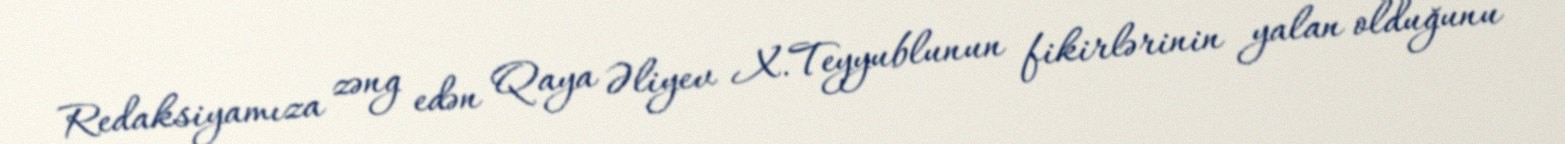
Redaksiyamıza zəng edən Qaya Əliyev X.Teyyublunun fikirlərinin yalan olduğunu